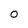
Character: O